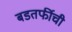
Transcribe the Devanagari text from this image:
बडतर्फीची